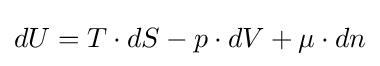
{d}U=T\cdot {d}S-p\cdot {d}V+\mu \cdot {d}n